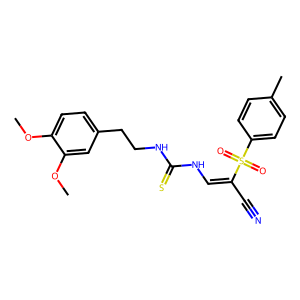
SMILES: COc1ccc(CCNC(=S)NC=C(C#N)S(=O)(=O)c2ccc(C)cc2)cc1OC
Inhibits HIV replication: No